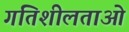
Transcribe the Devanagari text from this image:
गतिशीलताओं